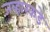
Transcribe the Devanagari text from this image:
जव्हारकडे